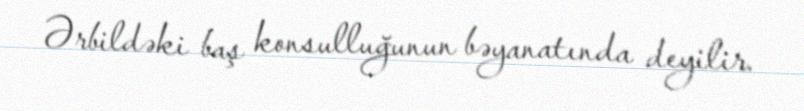
Ərbildəki baş konsulluğunun bəyanatında deyilir.